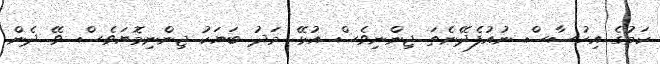
ކަމުގެ އިހުސާސް ނުއުފެދޭނެތަ ޖިންނިވެސް އުޅޭ. މަދު ބަޔަކު ޖިންނިމޮޔަވެސް ވޭ. ދެން